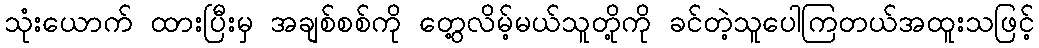
သုံးယောက် ထားပြီးမှ အချစ်စစ်ကို တွေ့လိမ့်မယ်သူတို့ကို ခင်တဲ့သူပေါကြတယ်အထူးသဖြင့်